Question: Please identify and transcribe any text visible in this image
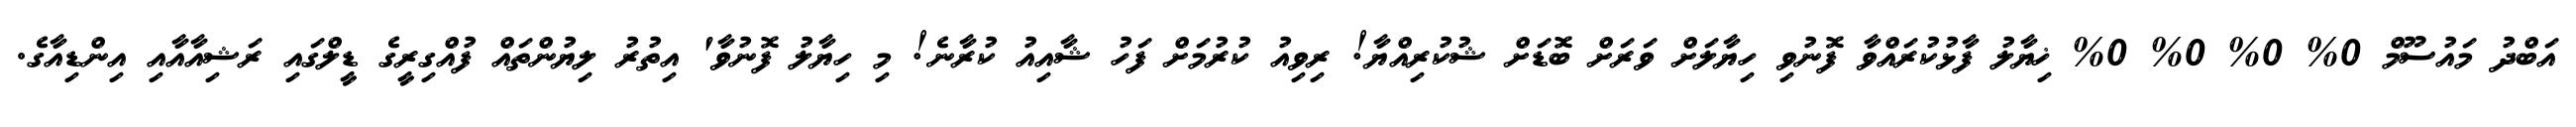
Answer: އަބްދު މައުސޫމް 0% 0% 0% 0% ޚިޔާލު ފާޅުކުރައްވާ ފޮނުވި ހިޔާލަށް ވަރަށް ބޮޑަށް ޝުކުރިއްޔާ! ރިވިއު ކުރުމަށް ފަހު ޝާއިއު ކުރާނެ! މި ހިޔާލު ފޮނުވާ' އިތުރު ލިޔުންތައް ފުއްގިރީގެ ޑީލްގައި ރަޝިއާއާއި އިންޑިއާގެ.